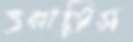
ভরাতিস